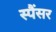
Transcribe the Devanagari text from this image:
स्पैंसर